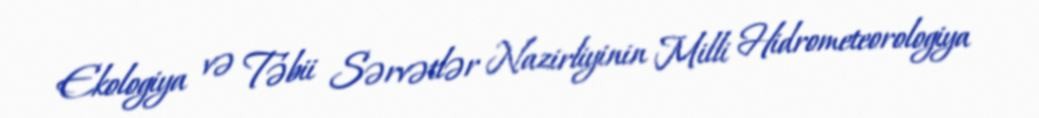
Ekologiya və Təbii Sərvətlər Nazirliyinin Milli Hidrometeorologiya